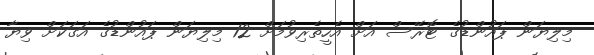
މިލިޔަން ޕައުންޑުގެ ޓޮރޭސް އަށް އެހީތެރިވުމަށް 12 މިލިޔަން ޕައުންޑުގެ އަގަކަށް ވިޔާ